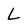
Character: L